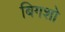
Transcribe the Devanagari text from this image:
बिगशो